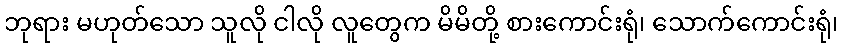
ဘုရား မဟုတ်သော သူလို ငါလို လူတွေက မိမိတို့ စားကောင်းရုံ၊ သောက်ကောင်းရုံ၊